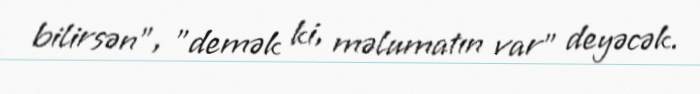
bilirsən”, "demək ki, məlumatın var” deyəcək.